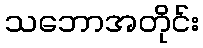
သဘောအတိုင်း